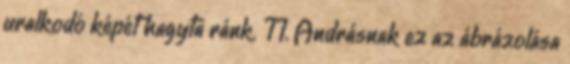
uralkodó képét hagyta ránk. II. Andrásnak ez az ábrázolása